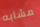
مشابه